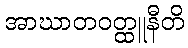
အာဃာတဝတ္ထူနီတိ